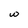
Character: w